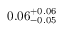
0 . 0 6 _ { - 0 . 0 5 } ^ { + 0 . 0 6 }